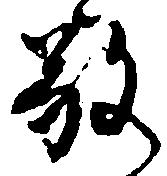
敬